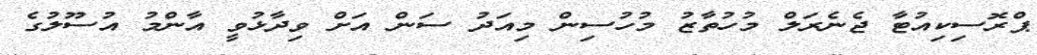
ޕްރޮސިކިއުޓާ ޖެނެރަލް މުހުތާޒު މުހުސިން މިއަދު ސަން އަށް ވިދާޅުވީ އާންމު އުސޫލުގެ